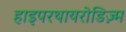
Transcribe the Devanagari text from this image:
हाइपरथायरोडिज़्म